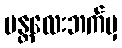
မန္တလေးဘက်မှ